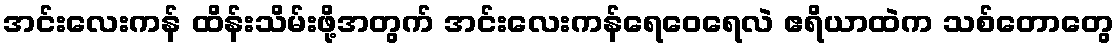
အင်းလေးကန် ထိန်းသိမ်းဖို့အတွက် အင်းလေးကန်ရေဝေရေလဲ ဧရိယာထဲက သစ်တောတွေ